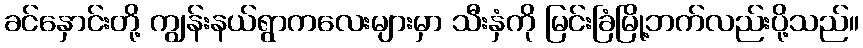
ခင်နှောင်းတို့ ကျွန်းနယ်ရွာကလေးများမှာ သီးနှံကို မြင်းခြံမြို့ဘက်လည်းပို့သည်။